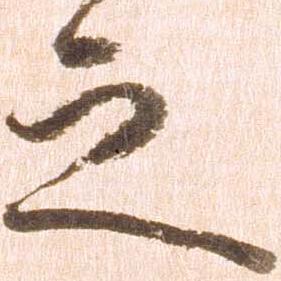
之